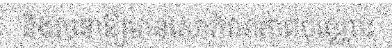
និងរចនាឱ្យមានសោភ័ណភាពប៉ុណ្ណោះ